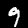
Label: 9